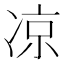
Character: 凉